Annual report on the Civil Veterinary Department, Burma (including the Insein Veterinary School) - 1923-1931
Year: 1923
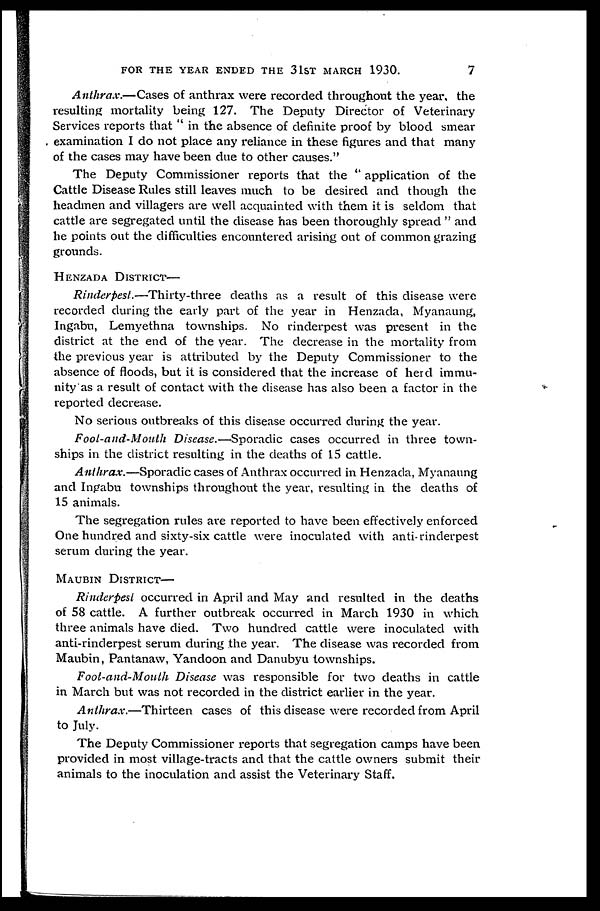
FOR THE YEAR ENDED THE 31ST MARCH 1930.
7
Anthrax.—Cases of anthrax were recorded throughout the year, the
resulting mortality being 127. The Deputy Director of Veterinary
Services reports that " in the absence of definite proof by blood smear
examination I do not place any reliance in these figures and that many
of the cases may have been due to other causes."
The Deputy Commissioner reports that the " application of the
Cattle Disease Rules still leaves much to be desired and though the
headmen and villagers are well acquainted with them it is seldom that
cattle are segregated until the disease has been thoroughly spread " and
he points out the difficulties encountered arising out of common grazing
grounds.
HENZADA DISTRICT—
Rinderpest.—Thirty-three
deaths as a result of this disease were
recorded during the early part of the year in Henzada, Myanaung,
Ingabu, Lemyethna townships. No rinderpest was present in the
district at the end of the year. The decrease in the mortality from
the previous year is attributed by the Deputy Commissioner to the
absence of floods, but it is considered that the increase of herd immu-
nity as a result of contact with the disease has also been a factor in the
reported decrease.
No serious outbreaks of this disease occurred during the year.
Foot-and-Mouth Disease.—Sporadic cases occurred in three town-
ships in the district resulting in the deaths of 15 cattle.
Anthrax.—Sporadic cases of Anthrax occurred in Henzada, Myanaung
and Ingabu townships throughout the year, resulting in the deaths of
15 animals.
The segregation rules are reported to have been effectively enforced
One hundred and sixty-six cattle were inoculated with anti-rinderpest
serum during the year.
MAUBIN DISTRICT —
Rinderpest occurred in April and May and resulted in the deaths
of 58 cattle. A further outbreak occurred in March 1930 in which
three animals have died. Two hundred cattle were inoculated with
anti-rinderpest serum during the year. The disease was recorded from
Maubin, Pantanaw, Yandoon and Danubyu townships.
Foot-and-Mouth Disease was responsible for two deaths in cattle
in March but was not recorded in the district earlier in the year.
Anthrax.—Thirteen
cases of this disease were recorded from April
to July.
The Deputy Commissioner reports that segregation camps have been
provided in most village-tracts and that the cattle owners submit their
animals to the inoculation and assist the Veterinary Staff.